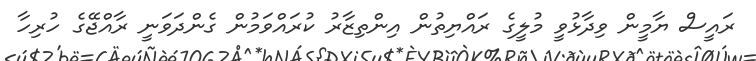
ރައީސް ޔާމީން ވިދާޅުވީ މުލީގެ ރައްޔިތުން އިންތިޒާރު ކުރައްވަމުން ގެންދަވަނީ ރާއްޖޭގެ ހުރިހާ